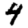
Digit: 4